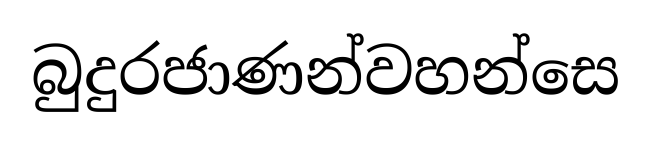
බුදුරජාණන්වහන්සෙ